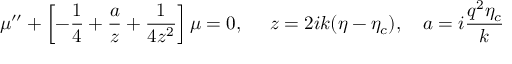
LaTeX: \mu ^ { \prime \prime } + \left[ - \frac { 1 } { 4 } + \frac { a } { z } + \frac { 1 } { 4 z ^ { 2 } } \right] \mu = 0 , ~ ~ ~ ~ z = 2 i k ( \eta - \eta _ { c } ) , ~ ~ ~ a = i \frac { q ^ { 2 } \eta _ { c } } { k }